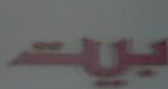
بيت